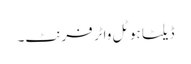
ڈیلٹا ہوٹل واٹر فرنٹ۔